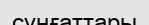
сұңғаттары